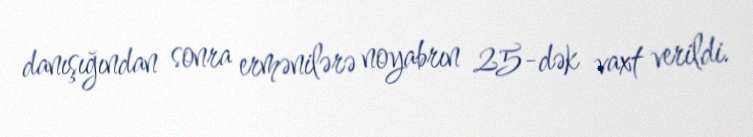
danışığından sonra ermənilərə noyabrın 25-dək vaxt verildi.